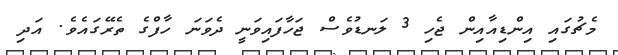
މެޗުގައި އިންޑިއާއިން ޖެހި 3 ލަނޑުވެސް ޖަހާފައިވަނީ ދެވަނަ ހާފްގެ ތެރޭގައެވެ. އަދި